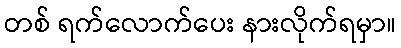
တစ် ရက်လောက်ပေး နားလိုက်ရမှာ။